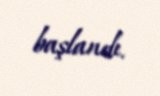
başlandı.